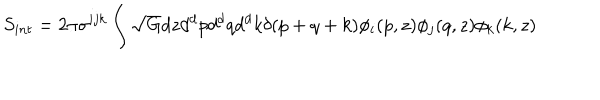
LaTeX: S _ { i n t } = 2 \pi \sigma ^ { i j k } \int \sqrt { G } d z d ^ { d } p d ^ { d } q d ^ { d } k \delta ( p + q + k ) \phi _ { i } ( p , z ) \phi _ { j } ( q , z ) \phi _ { k } ( k , z )